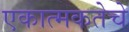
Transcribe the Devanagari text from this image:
एकात्मकतेचे